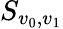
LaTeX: S_{v_{0},v_{1}}